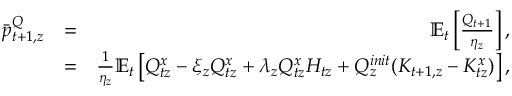
\begin{array} { r l r } { \bar { p } _ { t + 1 , z } ^ { Q } } & { = } & { \mathbb { E } _ { t } \left[ \frac { Q _ { t + 1 } } { \eta _ { z } } \right] , } \\ & { = } & { \frac { 1 } { \eta _ { z } } \mathbb { E } _ { t } \left[ Q _ { t z } ^ { x } - \xi _ { z } Q _ { t z } ^ { x } + \lambda _ { z } Q _ { t z } ^ { x } H _ { t z } + Q _ { z } ^ { i n i t } ( K _ { t + 1 , z } - K _ { t z } ^ { x } ) \right] , } \end{array}